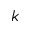
k